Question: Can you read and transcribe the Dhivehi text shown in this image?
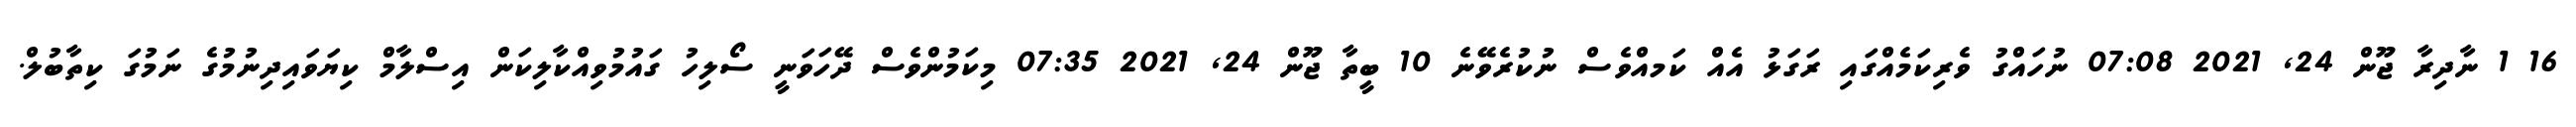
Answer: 16 1 ނާދިރާ ޖޫން 24, 2021 07:08 ނުހައްގު ވެރިކަމެއްގައި ރަގަޅު އެއް ކަމއްވެސް ނުކުރެވޭނެ 10 ބީތާ ޖޫން 24, 2021 07:35 މިކަމުންވެސް ދޭހަވަނީ ސޯލިހު ގައުމުވިއްކާލިކަން އިސްލާމް ކިޔަވައިދިނުމުގެ ނަމުގަ ކިތާބުލް.